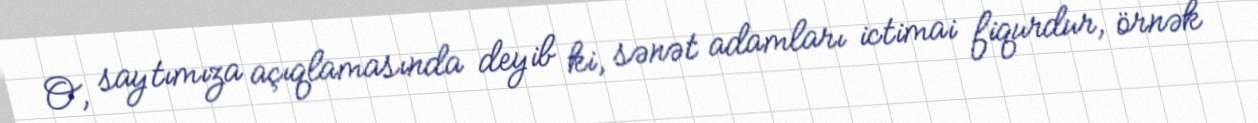
O, saytımıza açıqlamasında deyib ki, sənət adamları ictimai fiqurdur, örnək